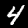
Label: 4